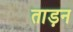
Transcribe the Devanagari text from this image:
ताड़न